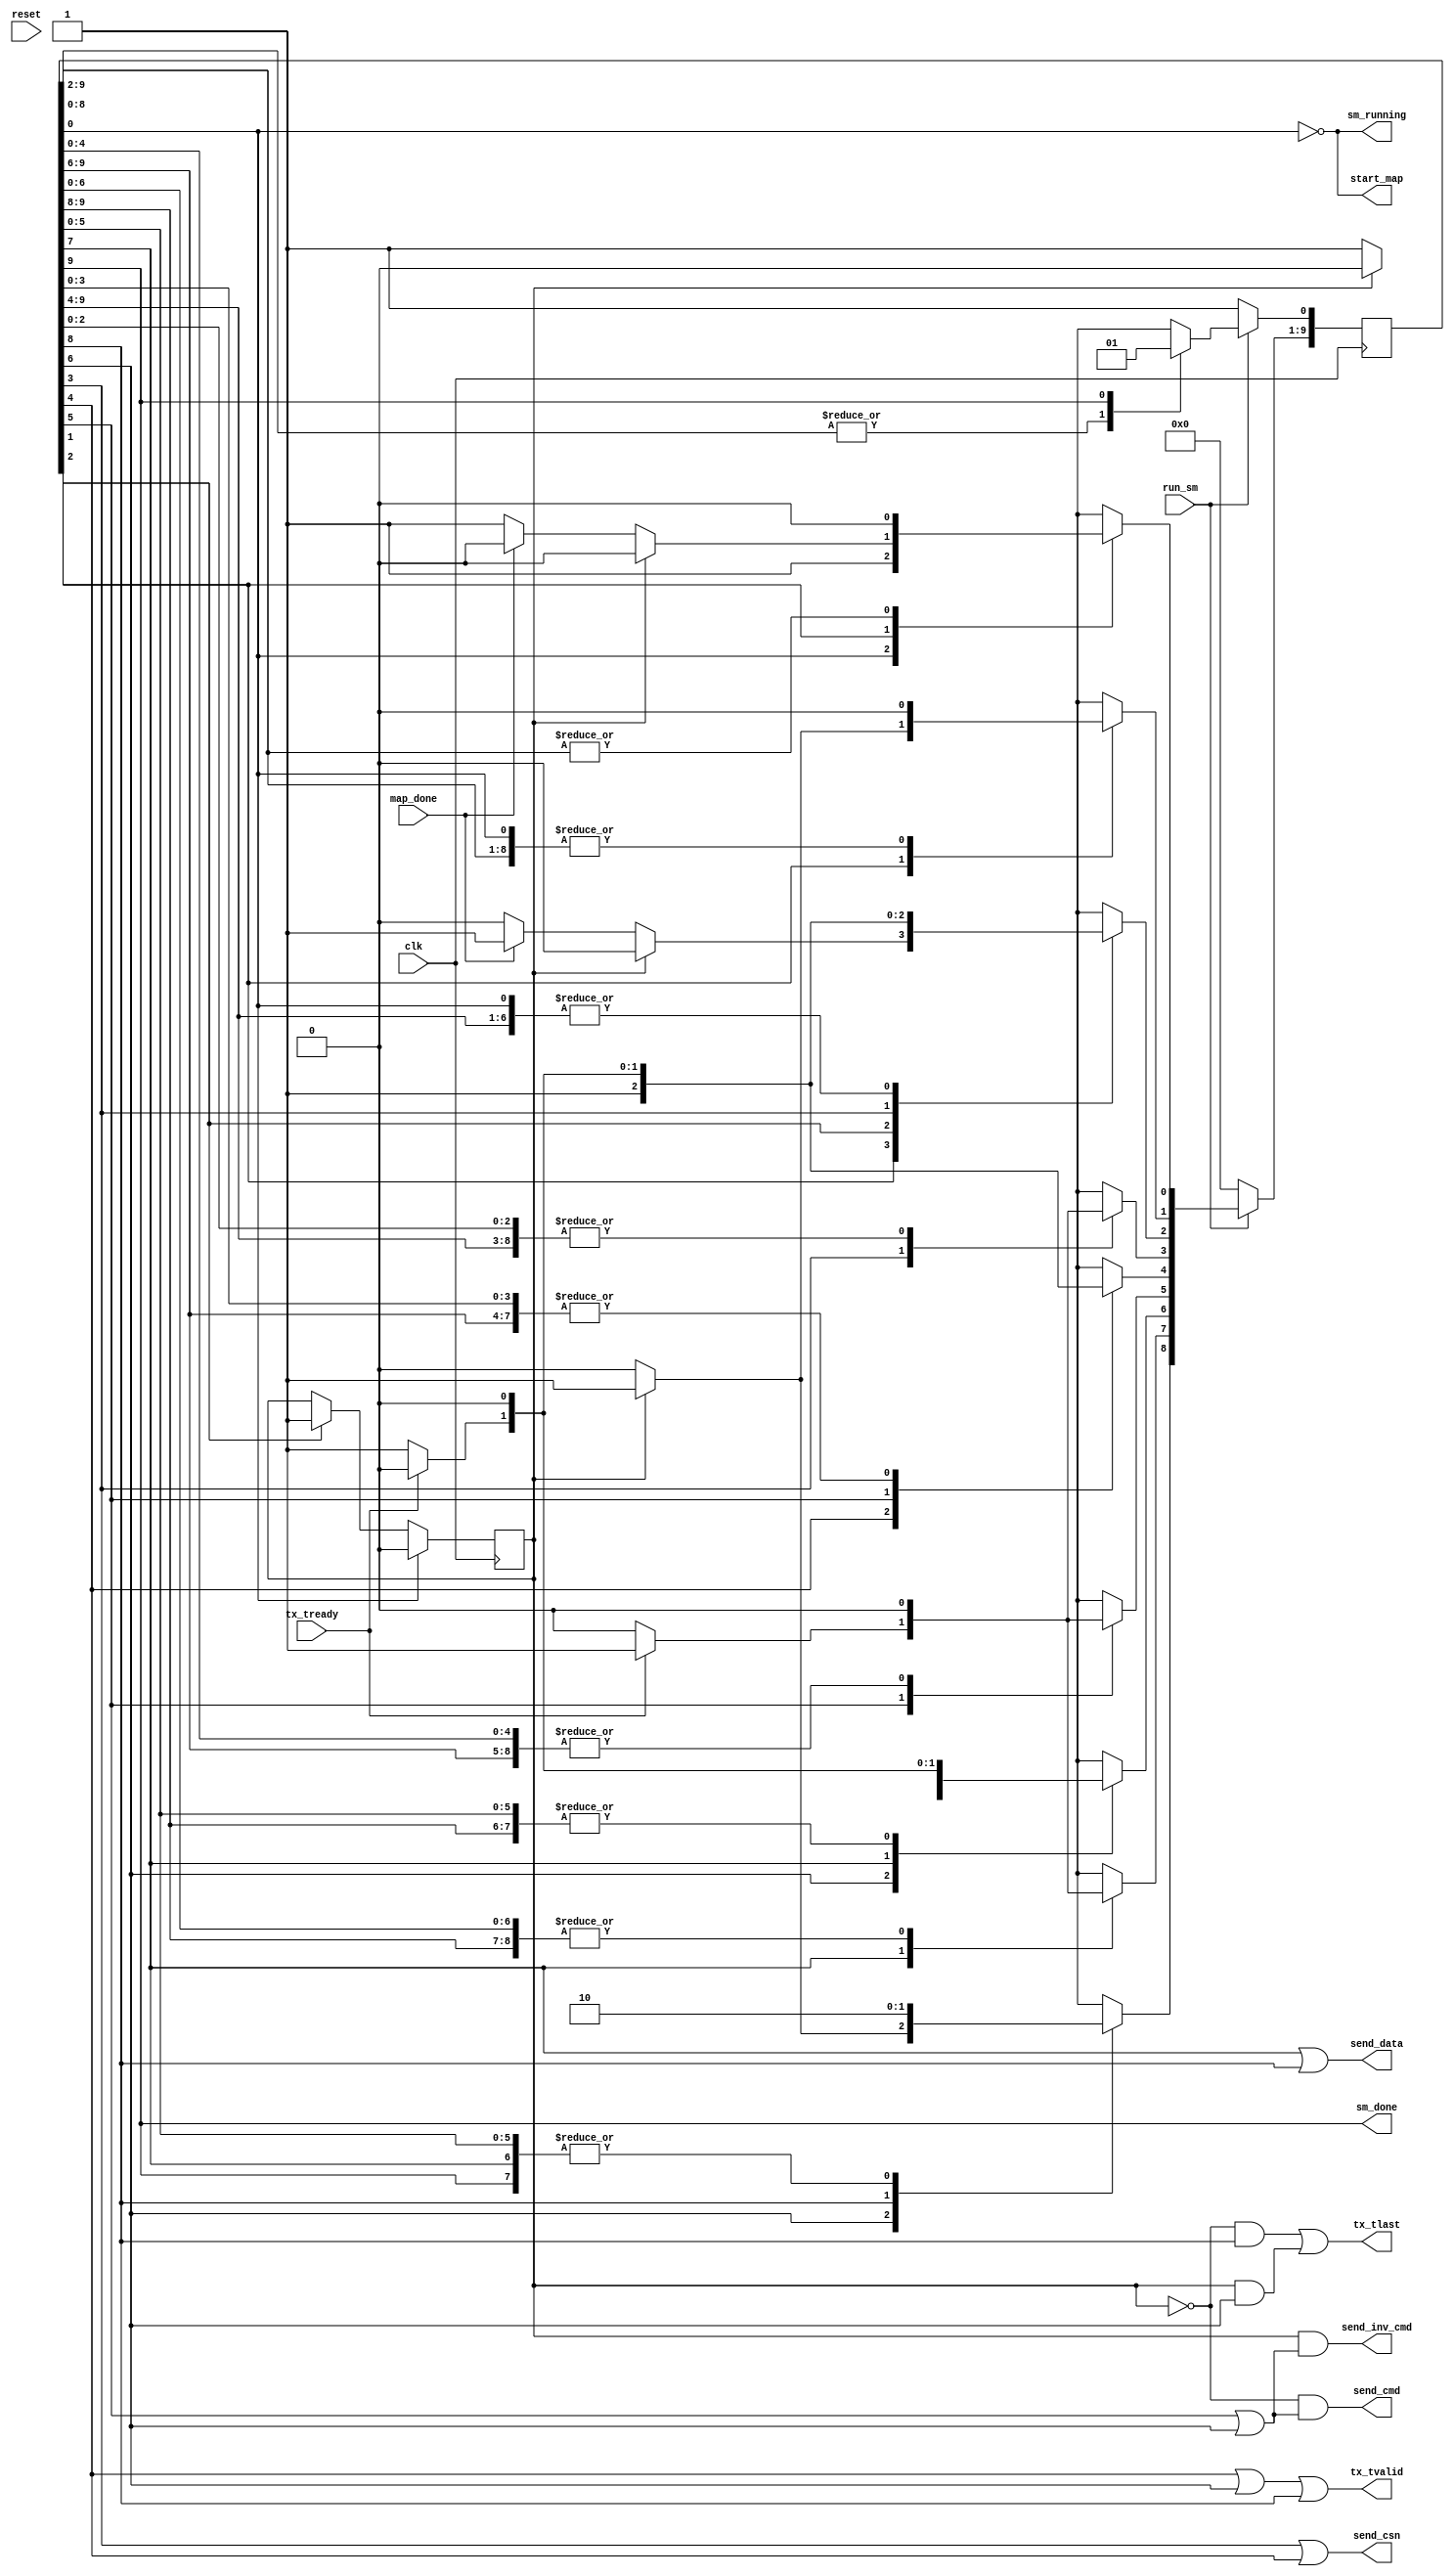
// cc_map_delay_sm.v
// 
// Map out the ADC data tap delay value for a channel.
// The returned data is 65 bits
//  `define CC_MAP_DELAY    5'd10   // Read a configuration register
// 
// Structure of a command packet for CC_MAP_DELAY:
// 1) Command Serial Number (CSN)
// 2) Command Code (CC)
// 
// Structure of a "no error" response packet:
// 1) Response Serial Number (RSN) matching the CSN
// 2) Response Code (RC) matching the CC
// 3) Contents of mapped data tap delay values
// 
// Structure of an "error" response packet:
// 1) Response Serial Number (RSN) matching the CSN
// 2) Response Code (RC) equals the bitwise inverse of the CC

module cc_map_delay_sm (
    input  clk,             // local clock
    input  reset,           // active-high

    input  run_sm,          // run this state machine
    output sm_running,      // we are running
    output sm_done,         // we are finished

    output tx_tvalid,       // the data we are presenting is valid
    output tx_tlast,        // this is the final word in the frame
    input  tx_tready,       // signal that the TX FIFO has accepted the data

    output send_csn,        // send the CSN
    output send_cmd,        // send the CC
    output send_inv_cmd,    // send the inverse CC
    output send_data,       // mux source is delay register bank

    // local controls
    input  map_done,        // mapping is complete
    output start_map        // start tap delay mapping state machine
);

    // Make a register to hold error status
    reg error_found;

    // Everything is already synchronous to the clock.

    // State machine for executing the 'map_delay' command.
    // Leave the comments containing "synopsys" in your HDL code.
 
    // Declare the symbolic names for states for the state machine
    // Simplified one-hot encoding (each constant is an index into an array of bits)
    parameter [3:0]
        IDLE        = 4'd0,
        START_MAP   = 4'd1,
        ERROR       = 4'd2,
        ECHO_CSN1   = 4'd3,
        ECHO_CSN2   = 4'd4,
        ECHO_CC1    = 4'd5,
        ECHO_CC2    = 4'd6,
        XMIT_DELAY1 = 4'd7,
        XMIT_DELAY2 = 4'd8,
        DONE        = 4'd9;

    // Declare current state and next state variables
    reg [9:0] /* synopsys enum STATE_TYPE */ CS;
    reg [9:0] /* synopsys enum STATE_TYPE */ NS;
    //synopsys state_vector CS

 
    // sequential always block for state transitions (use non-blocking [<=] assignments)
    // Reset the SM whenever we are not enabled.
    always @ (posedge clk) begin
        if (!run_sm) begin
            CS <= 10'b0;      // set all state bits to 0
            CS[IDLE] <= 1'b1; // set IDLE state bit to 1
        end
        else CS <= NS;        // set state bits to next state
    end

    // combinational always block to determine next state (use blocking [=] assignments) 
    always @ (CS or map_done or tx_tready or error_found) begin
        NS = 10'b0; // default all bits to zero; will overrride one bit

        case (1'b1) //synopsys full_case parallel_case

            // We will be in the IDLE state whenever the command dispatcher does not enable us.
            // Once enabled, immediately start working.
            CS[IDLE] : begin
                // Start the ADC data tap delay optimatization procedure
                NS[START_MAP] = 1'b1;
            end

            // We enter the START_MAP state after we have been started.
            // We stay here until the mapping procedure is complete.
            CS[START_MAP] : begin
                if (error_found)
                    NS[ERROR] = 1'b1;
                else if (map_done)
                    NS[ECHO_CSN1] = 1'b1;
                else
                    NS[START_MAP] = 1'b1;
            end

            // We enter the ERROR state whenever the mapping sm reports an error.
            // We stay here for one cycle, during which the error flag is set.
            CS[ERROR] : begin
                // Go start the response sequence
                NS[ECHO_CSN1] = 1'b1;
            end
            
            // We enter the ECHO_CSN1 state whenever we have either:
            //  1) determined that a valid register has been requested OR
            //  2) determined that an error has occurred
            // We stay here until the TX FIFO  is ready to accept data.
            // The CSN is routed to the TX FIFO.
            CS[ECHO_CSN1] : begin
                // Wait for the TX FIFO to be ready
                if (tx_tready)
                    // Prepare to transmit the CSN
                    NS[ECHO_CSN2] = 1'b1;
                else
                    // Stay here
                    NS[ECHO_CSN1] = 1'b1;
            end

            // We enter the ECHO_CSN2 state whenever the TX FIFO is ready to accept the CSN.
            // We stay here for one cycle, during which we assert 'tx_tvalid'.
            CS[ECHO_CSN2] : begin
                NS[ECHO_CC1] = 1'b1;
            end

            // We enter the ECHO_CC1 state whenever we have sent the CSN.
            // We stay here until the TX FIFO is ready to accept data.
            // The CC is routed to the TX FIFO.
            CS[ECHO_CC1] : begin
                // Wait for the TX FIFO to be ready
                if (tx_tready)
                    // Prepare to transmit the CC
                    NS[ECHO_CC2] = 1'b1;
                else
                    // Stay here
                    NS[ECHO_CC1] = 1'b1;
            end

            // We enter the ECHO_CC2 state whenever the TX FIFO is ready to accept the CC.
            // We stay here for one cycle, during which we assert 'tx_tvalid'.
            // If there were any errors, we assert 'tx_tlast' and go to DONE.
            CS[ECHO_CC2] : begin
                // Check error state
                if (error_found)
                    // There was an error, so assert 'tx_tlast' and go to DONE
                    NS[DONE] = 1'b1;
                else
                    // There are no errors, so send the data
                    NS[XMIT_DELAY1] = 1'b1;
            end

            // We enter the XMIT_DELAY1 state after we have transmitted the CC.
            // We stay here until the TX FIFO is ready to accept data.
            // The register data is routed to the TX FIFO.
            CS[XMIT_DELAY1] : begin
                if (tx_tready)
                    // The TX FIFO is ready, send the data
                    NS[XMIT_DELAY2] = 1'b1;
                else
                    // Stay here
                    NS[XMIT_DELAY1] = 1'b1;
            end

            // We enter the XMIT_DELAY2 state whenever we can send the register data.
            // We stay here for one cycle, during which 'tx_tvalid' is asserted to tell the TX FIFO that it is seeing good data.
            // The register data is routed to the TX FIFO.
            CS[XMIT_DELAY2] : begin
                // We're done
                NS[DONE] = 1'b1;
            end

            // We enter the DONE state whenever we have finished this command.
            // We stay here for one cycle.
            CS[DONE] : begin
                // Go wait for another command
                NS[IDLE] = 1'b1;
            end

        endcase
    end // combinational always block to determine next state


    // set the error status
    always @ (posedge clk) begin
        if (CS[IDLE] == 1'b1)
            error_found <= 1'b0;
        else if (CS[ERROR] == 1'b1)
            error_found <= 1'b1;
        else
            error_found <= error_found;
    end

    // outputs are based on states
    // assert 'sm_running' whenever we are not in the IDLE state
    assign sm_running = !(CS[IDLE] == 1'b1);

    // assert 'sm_done' whenever we are in the DONE state
    assign sm_done = (CS[DONE] == 1'b1);

    // send the CSN
    assign send_csn = (CS[ECHO_CSN1] == 1'b1 || CS[ECHO_CSN2] == 1'b1);

    // send either the CC or the inverse CC, depending on the error situation
    assign send_cmd     = !error_found && ((CS[ECHO_CC1] == 1'b1) || (CS[ECHO_CC2] == 1'b1)); // send the CC
    assign send_inv_cmd =  error_found && ((CS[ECHO_CC1] == 1'b1) || (CS[ECHO_CC2] == 1'b1)); // send the CC

    // mux source is delay register bank
    assign send_data = (CS[XMIT_DELAY1] == 1'b1 || CS[XMIT_DELAY2] == 1'b1);

    // send data to the TX FIFO
    assign tx_tvalid = (CS[ECHO_CSN2] == 1'b1 || CS[ECHO_CC2] == 1'b1 || CS[XMIT_DELAY2] == 1'b1);

    // this is the last word to send
    assign tx_tlast = !error_found && (CS[XMIT_DELAY2] == 1'b1) || // send with register contents
                       error_found && (CS[ECHO_CC2]    == 1'b1);   // send with inverse CC

    // enable mapping sm
    assign start_map = !(CS[IDLE] == 1'b1);

endmodule